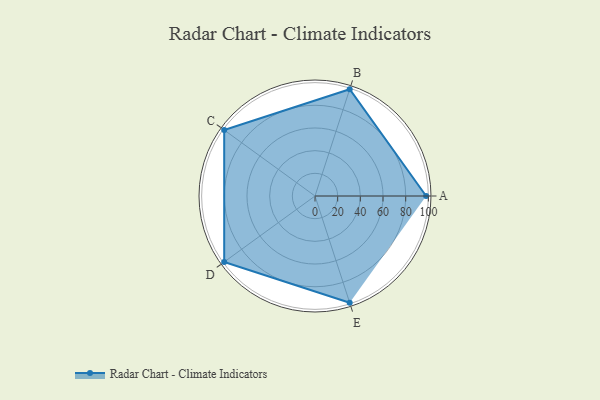
{"axis": {"x": "Skill", "y": "Score"}, "legend": ["Profile"], "data": [{"x": "A", "y": 98.0, "type": "Profile"}, {"x": "B", "y": 99.0, "type": "Profile"}, {"x": "C", "y": 99, "type": "Profile"}, {"x": "D", "y": 99, "type": "Profile"}, {"x": "E", "y": 99, "type": "Profile"}]}